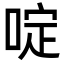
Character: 啶